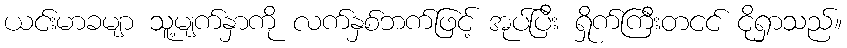
ယင်းမာခမျာ သူ့မျက်နှာကို လက်နှစ်ဘက်ဖြင့် အုပ်ပြီး ရှိုက်ကြီးတငင် ငိုရှာသည်။